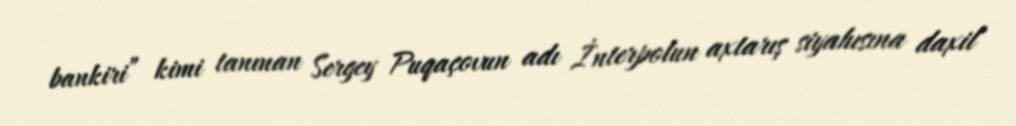
bankiri” kimi tanınan Sergey Puqaçovun adı İnterpolun axtarış siyahısına daxil